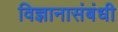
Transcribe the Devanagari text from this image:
विज्ञानासंबंधी